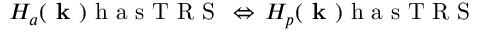
H _ { a } ( \textbf { k } ) \mathrm { ~ h ~ a ~ s ~ T ~ R ~ S ~ } \, \Leftrightarrow \, H _ { p } ( \textbf { k } ) \mathrm { ~ h ~ a ~ s ~ T ~ R ~ S ~ }